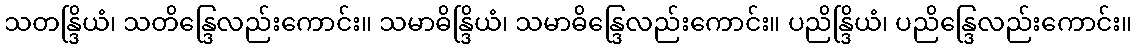
သတန္ဒြိယံ၊ သတိန္ဒြေလည်းကောင်း။ သမာဓိန္ဒြိယံ၊ သမာဓိန္ဒြေလည်းကောင်း။ ပညိန္ဒြိယံ၊ ပညိန္ဒြေလည်းကောင်း။